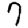
Digit: 7